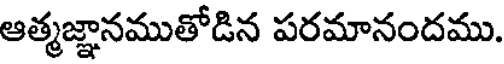
ఆత్మజ్ఞానముతోడిన పరమానందము.